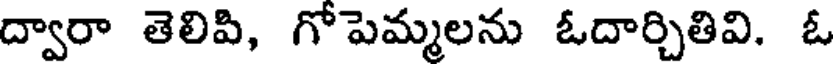
ద్వారా తెలిపి, గోపెమ్మలను ఓదార్చితివి. ఓ